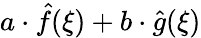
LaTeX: a\cdot{\hat{f}}(\xi)+b\cdot{\hat{g}}(\xi)